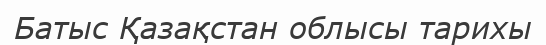
Батыс Қазақстан облысы тарихы